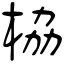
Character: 栛